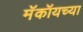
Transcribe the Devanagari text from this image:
मॅकॉयच्या